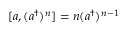
[ a , ( a ^ { \dagger } ) ^ { n } ] = n ( a ^ { \dagger } ) ^ { n - 1 }